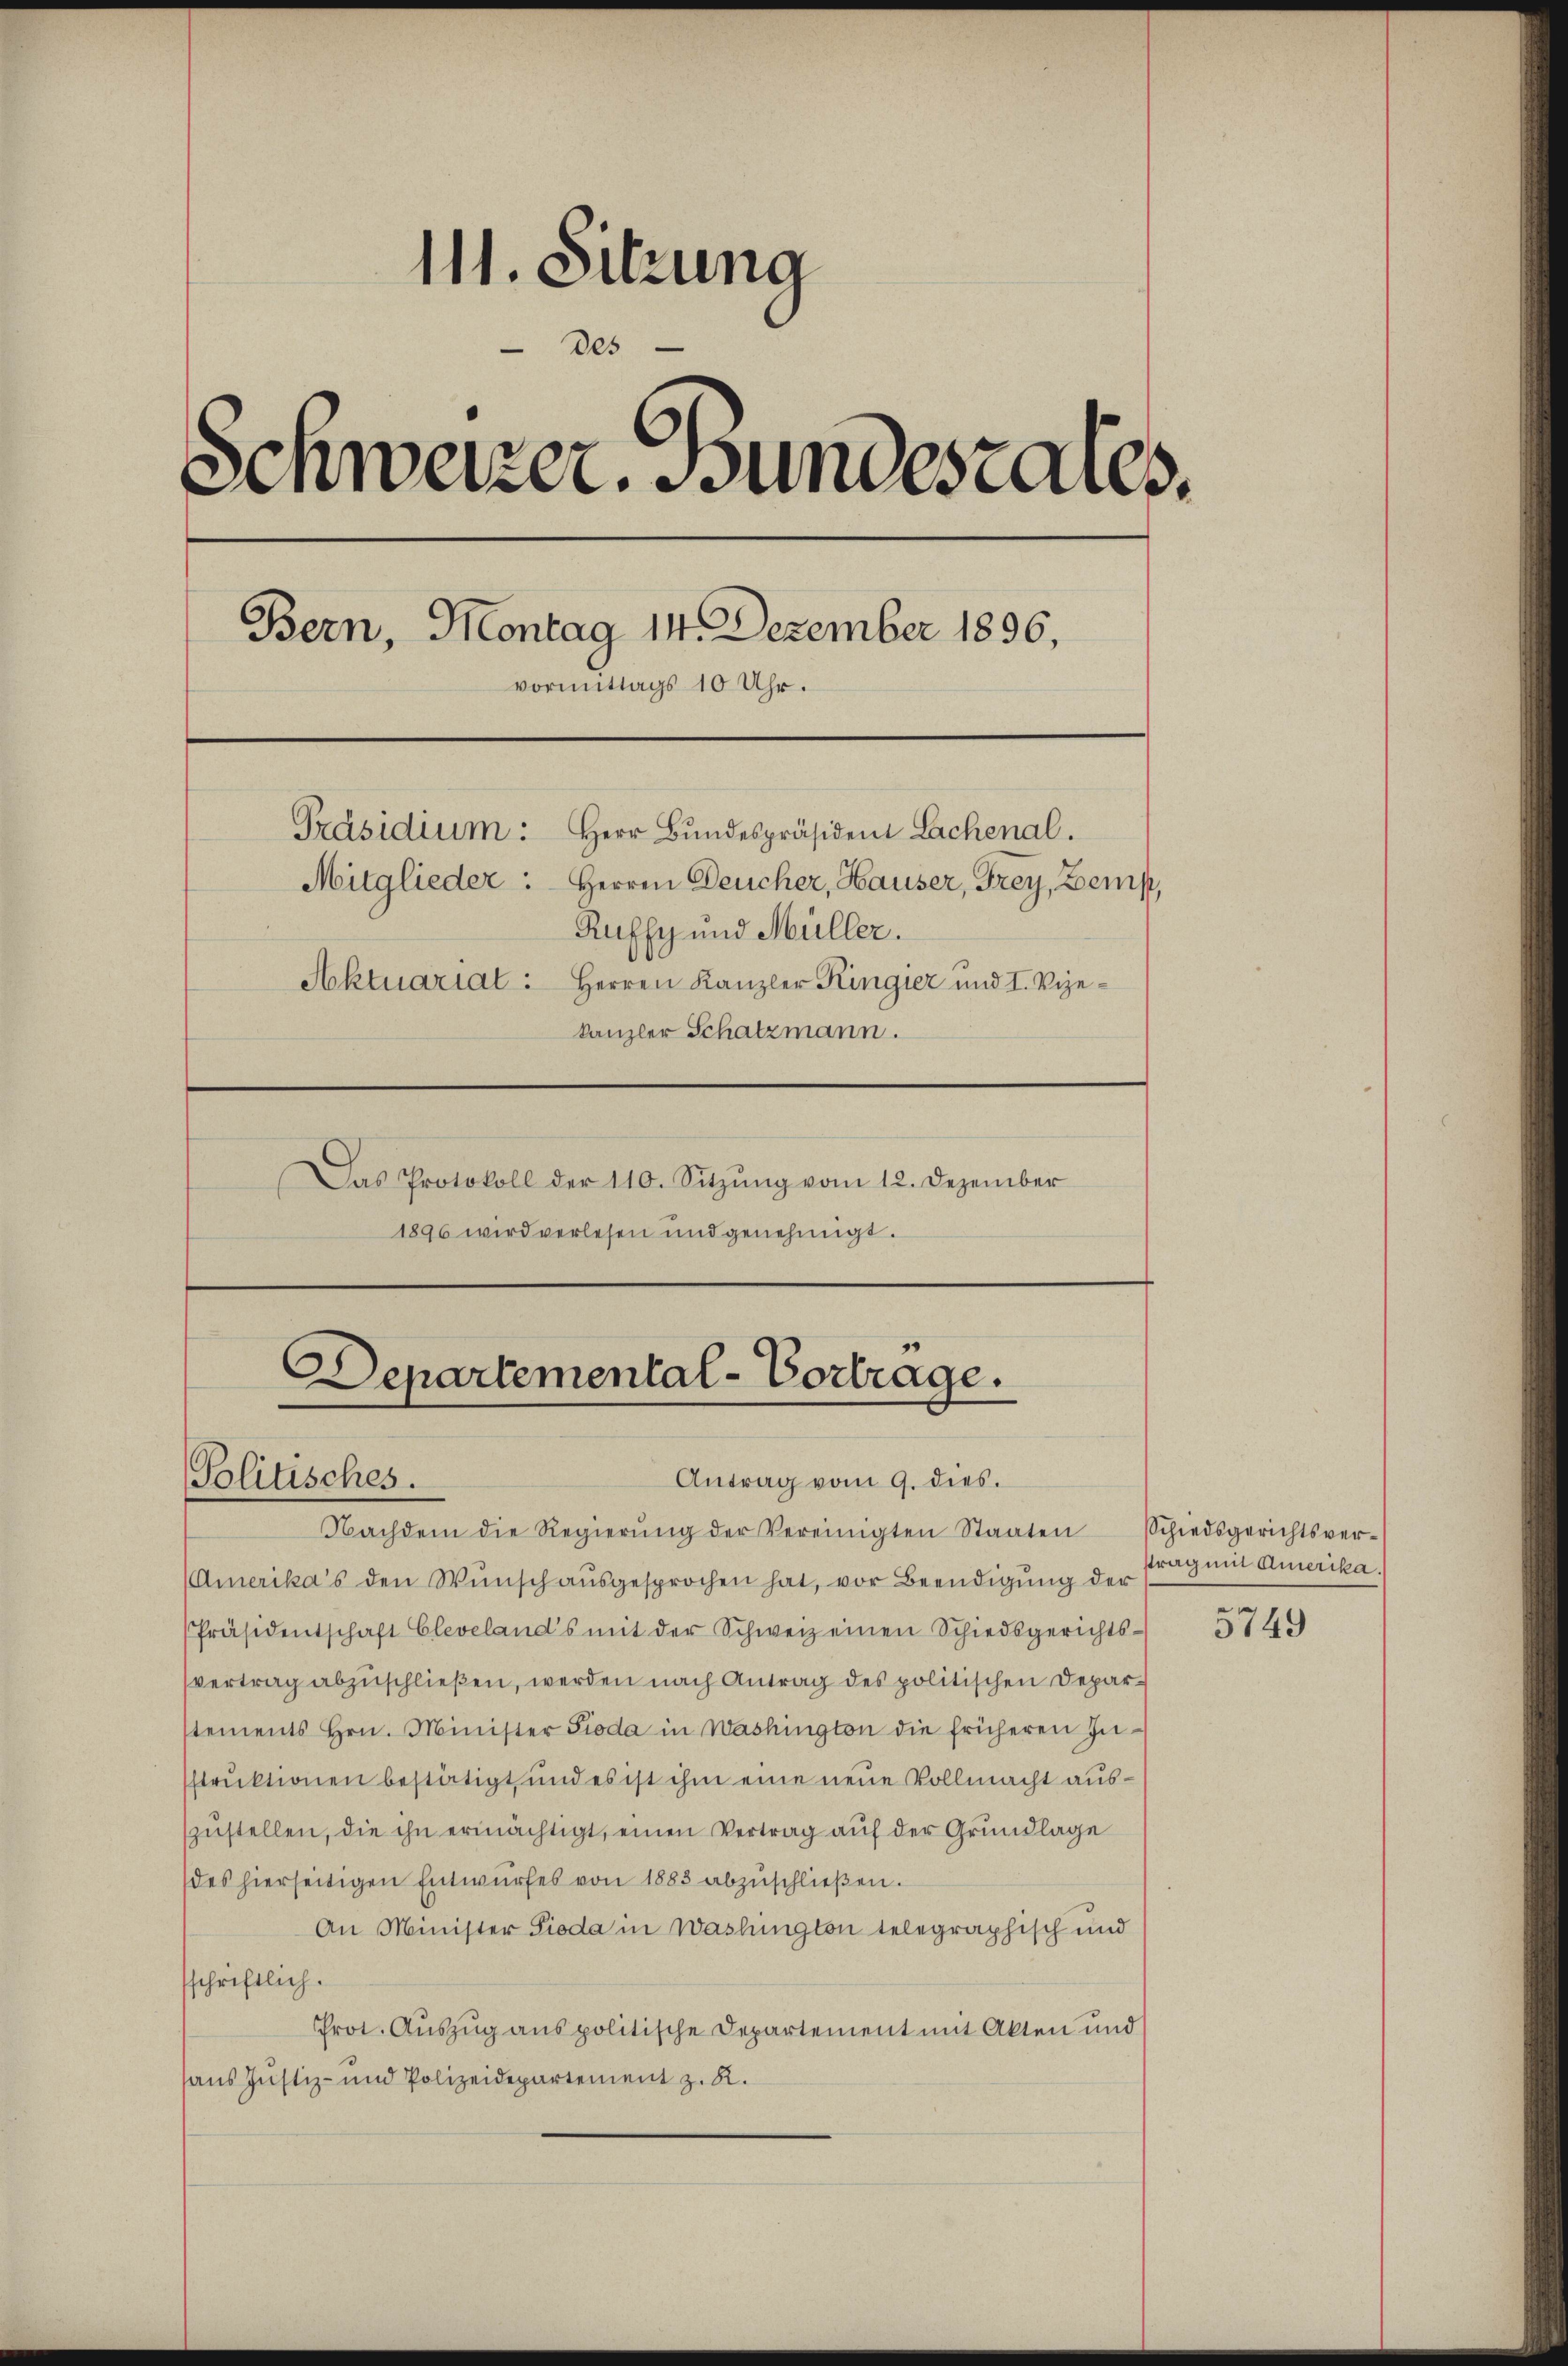
111. Sitzung
Des
Schweizer. Bundestales.
Bern, Montag 14. Dezember 1896,
vormittags 10 Uhr.
Präsidium: Herr Bundespräsident Lachenal.
Mitglieder: Herren Deucher, Hauser, Frey, Zemp,
Ruffy und Müller.
Aktuariat: Herren Kanzler Ringier und I. Vizekanzler Schatzmann.
Das Protokoll der 110. Sitzŭng vom 12. Dezember

1896 wird verlesen und genehmigt.

Departemental-Vortrage.
Politisches.
Antrag vom 9. dies.

Nachdem die Regierŭng der Vereinigten Staaten Schiedsgerichtsver-
Amerika’s den Wunsch ausgesprochen hat, vor Beendigung der
Präsidentschaft Cleveland's mit der Schweiz einen Schiedsgerichts-
vertrag abzuschließen, werden nach Antrag des politischen Deparstements Hrn. Minister Pioda in Washington die früheren In-
struktionen bestätigt, und es ist ihm eine neue Vollmacht auszŭstellen, die ihn ermächtigt, einen Vertrag auf der Grundlage
(des hierseitigen Entwurfes von 1883 abzuschließen.
An Minister Pioda in Washington telegraphisch und
schriftlich.
Prot. Auszug aus politische Departement mit Akten und
aus Justiz- und Polizeidepartement z. R.

ttrag mit Amerika.
e

3149